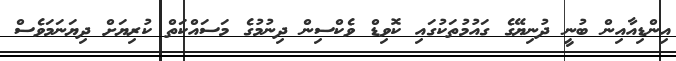
އިންޑިއާއިން ބުނީ ދުނިޔޭގެ ގައުމުތަކުގައި ކޮވިޑް ވެކްސިން ދިނުމުގެ މަސައްކަތް ކުރިޔަށް ދިޔަނަމަވެސް